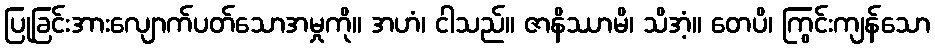
ပြုခြင်းအားလျောက်ပတ်သောအမှုကို။ အဟံ၊ ငါသည်။ ဇာနိဿာမိ၊ သိအံ့။ တေပိ၊ ကြွင်းကျန်သော